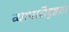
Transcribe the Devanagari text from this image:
व्यापारीदृष्टय़ा